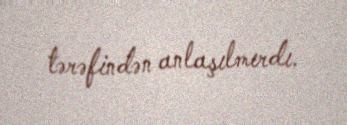
tərəfindən anlaşılmırdı.